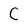
Character: C